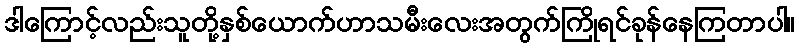
ဒါကြောင့်လည်းသူတို့နှစ်ယောက်ဟာသမီးလေးအတွက်ကြိုရင်ခုန်နေကြတာပါ။